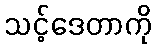
သင့်ဒေတာကို